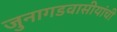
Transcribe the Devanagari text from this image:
जुनागडवासीयांची